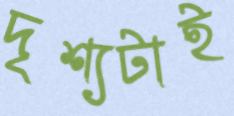
দৃশ্যটাই